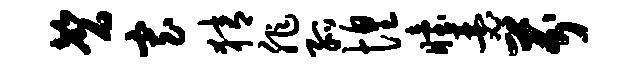
磬寡猜非孤惶眙瑟芬